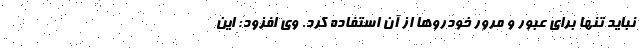
نباید تنها برای عبور و مرور خودروها از آن استفاده کرد. وی افزود: این